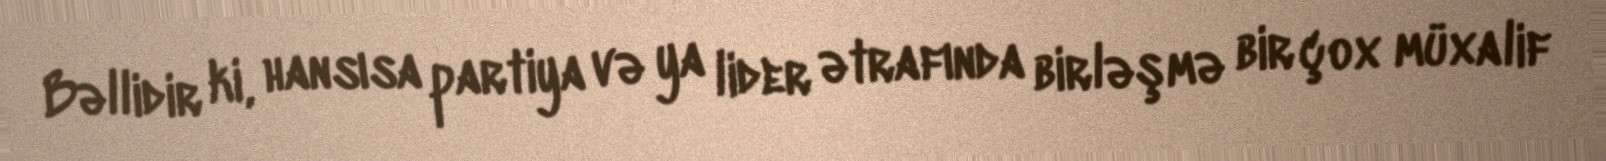
Bəllidir ki, hansısa partiya və ya lider ətrafında birləşmə bir çox müxalif